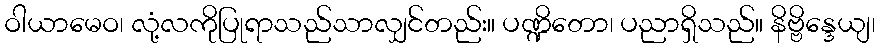
ဝါယာမေဝ၊ လုံ့လကိုပြုရာသည်သာလျှင်တည်း။ ပဏ္ဍိတော၊ ပညာရှိသည်။ နိဗ္ဗိန္ဒေယျ၊